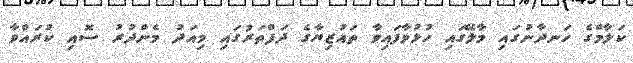
ކަލާމްގެ ހަނދާނުގައި މާލޭގައި ހުޅުވާފައިވާ ތައުޒިޔާގެ ދަފްތަރުގައި މިއަދު މެންދުރު ސޮއި ކުރައްވާ